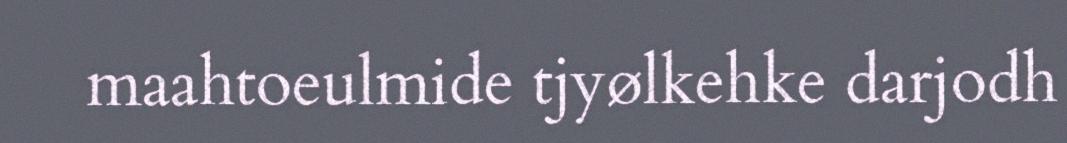
maahtoeulmide tjyølkehke darjodh